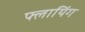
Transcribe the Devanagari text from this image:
फ्लायिंग